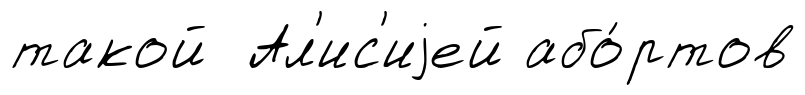
такой Ал'ис'иjей або́ртов